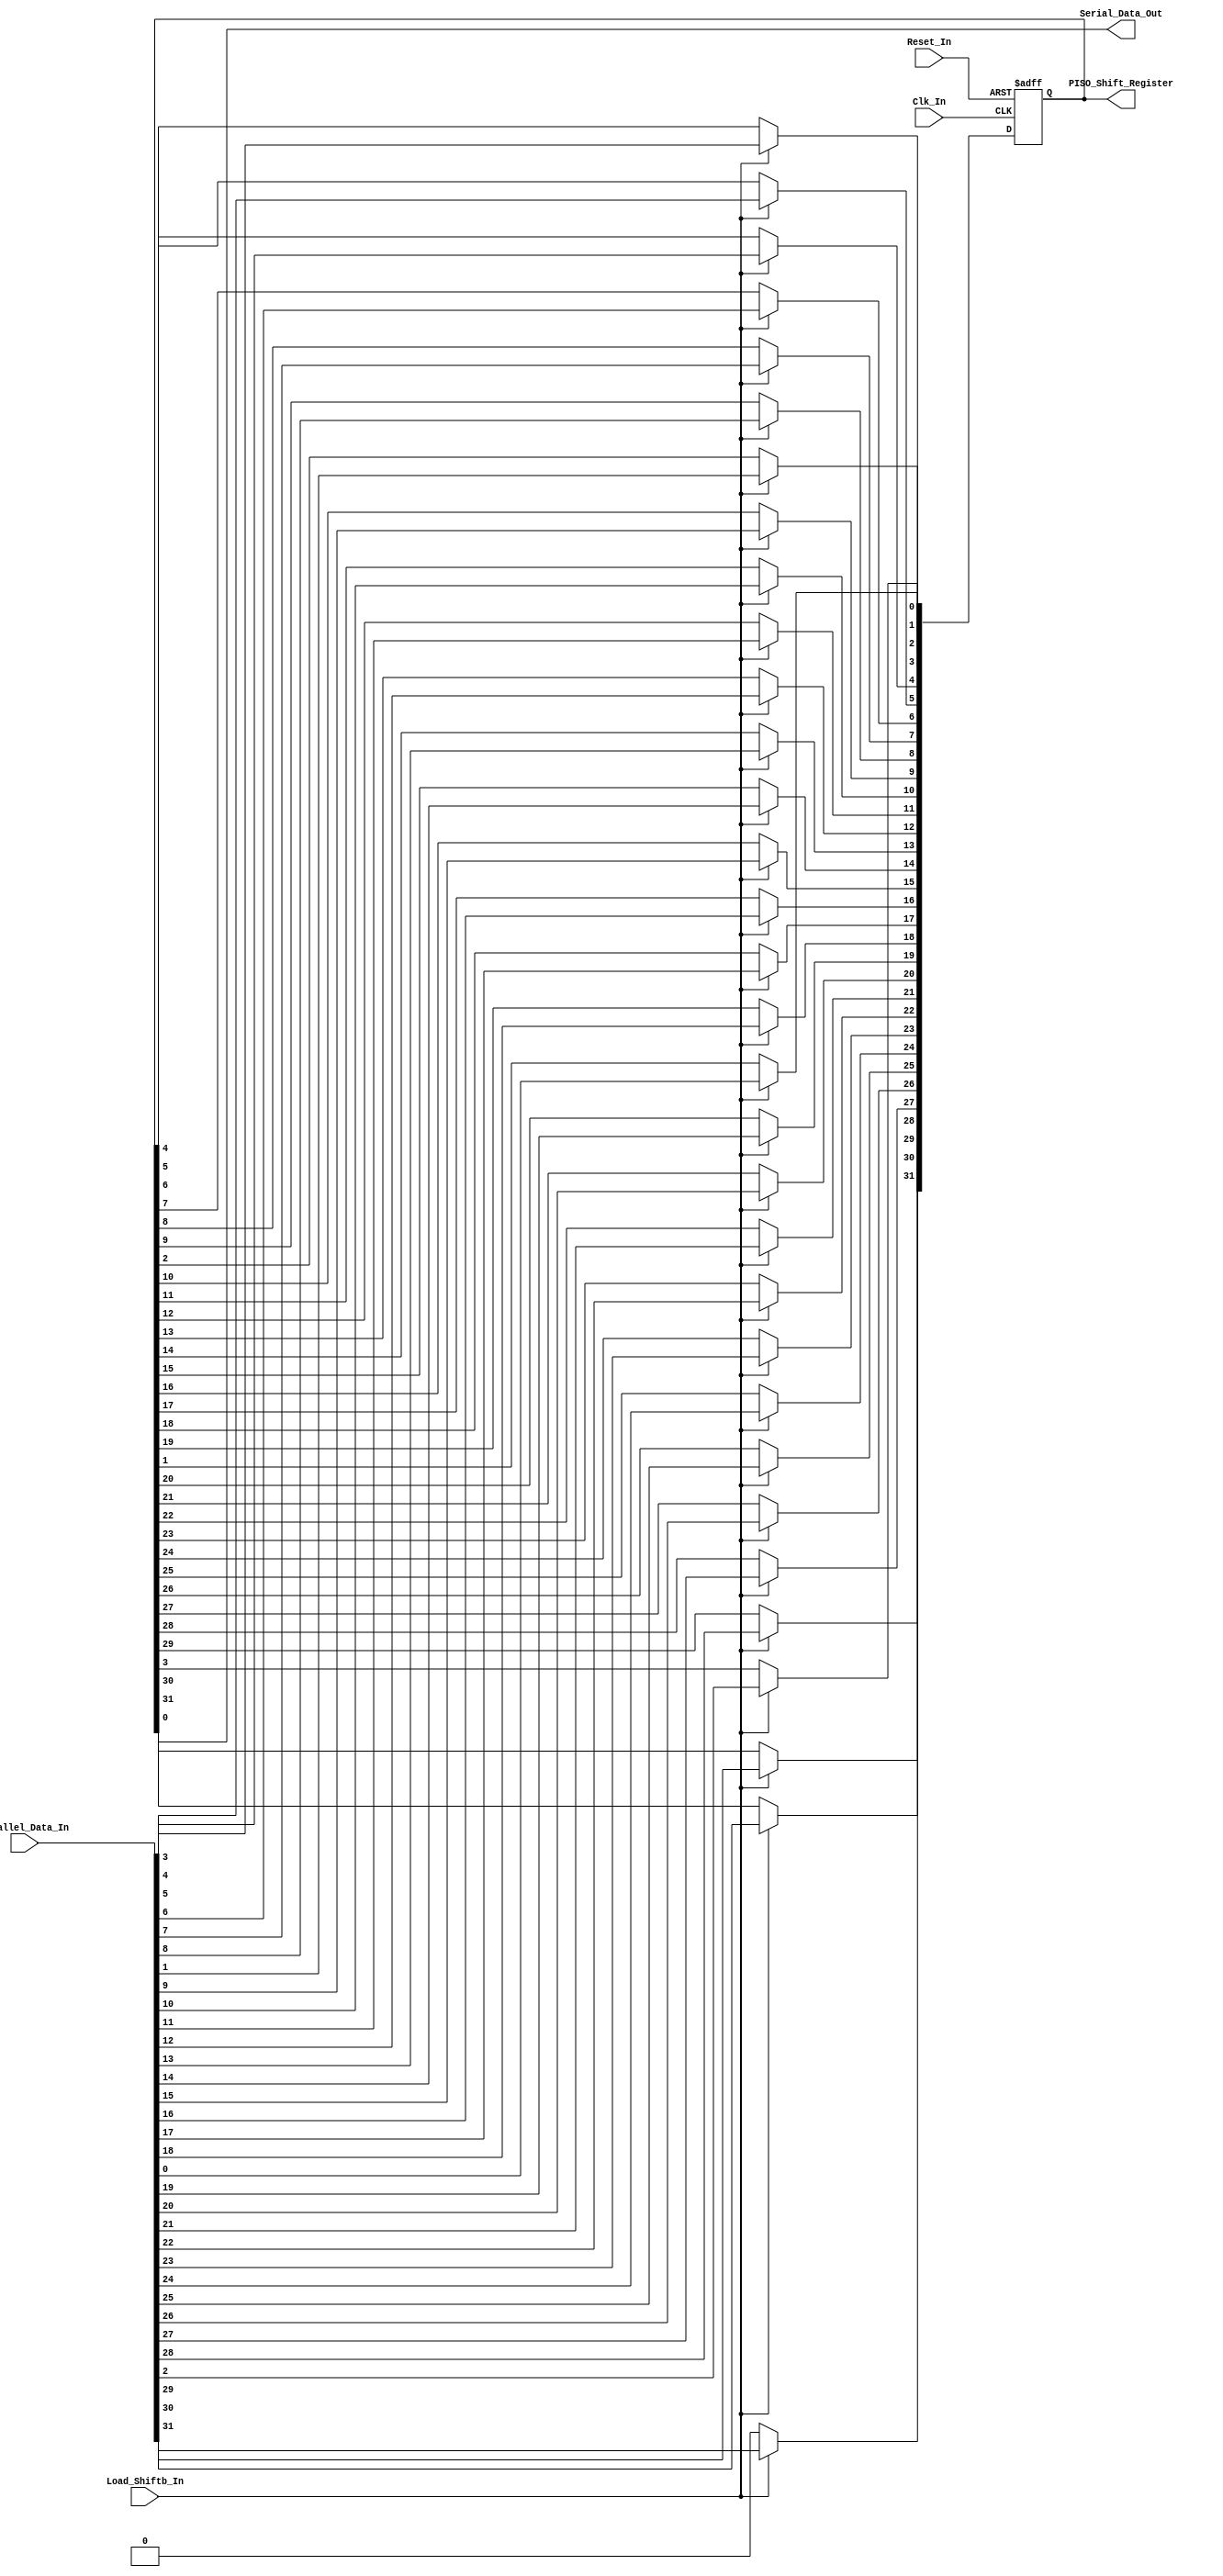
/*
Verilog Code, to implement a Parallel-In-Serial-Out - PISO - 32-Bit Shift Register.



Author : Prasad Narayan Ghatol
*/



module Parallel_In_Serial_Out_PISO_32_Bit (
    input             Clk_In,
    input             Reset_In,

    input             Load_Shiftb_In,
    input      [31:0] Parallel_Data_In,
    output            Serial_Data_Out,
    output reg [31:0] PISO_Shift_Register
);



// --------------------------------------------------
// Assignments
// --------------------------------------------------
assign Serial_Data_Out = PISO_Shift_Register[0];



// --------------------------------------------------
// Parallel-In-Serial-Out - PISO - 32-Bit Shift Register Logic
// --------------------------------------------------
always @ (negedge Clk_In or posedge Reset_In)
    begin
        if (Reset_In)
            begin
                PISO_Shift_Register <= 32'b0;
            end
        else if (Load_Shiftb_In)
            begin
                PISO_Shift_Register <= Parallel_Data_In;
            end
        else
            begin
                PISO_Shift_Register[31] <= 1'b0;
                PISO_Shift_Register[30] <= PISO_Shift_Register[31];
                PISO_Shift_Register[29] <= PISO_Shift_Register[30];
                PISO_Shift_Register[28] <= PISO_Shift_Register[29];
                PISO_Shift_Register[27] <= PISO_Shift_Register[28];
                PISO_Shift_Register[26] <= PISO_Shift_Register[27];
                PISO_Shift_Register[25] <= PISO_Shift_Register[26];
                PISO_Shift_Register[24] <= PISO_Shift_Register[25];
                PISO_Shift_Register[23] <= PISO_Shift_Register[24];
                PISO_Shift_Register[22] <= PISO_Shift_Register[23];
                PISO_Shift_Register[21] <= PISO_Shift_Register[22];
                PISO_Shift_Register[20] <= PISO_Shift_Register[21];
                PISO_Shift_Register[19] <= PISO_Shift_Register[20];
                PISO_Shift_Register[18] <= PISO_Shift_Register[19];
                PISO_Shift_Register[17] <= PISO_Shift_Register[18];
                PISO_Shift_Register[16] <= PISO_Shift_Register[17];
                PISO_Shift_Register[15] <= PISO_Shift_Register[16];
                PISO_Shift_Register[14] <= PISO_Shift_Register[15];
                PISO_Shift_Register[13] <= PISO_Shift_Register[14];
                PISO_Shift_Register[12] <= PISO_Shift_Register[13];
                PISO_Shift_Register[11] <= PISO_Shift_Register[12];
                PISO_Shift_Register[10] <= PISO_Shift_Register[11];
                PISO_Shift_Register[9]  <= PISO_Shift_Register[10];
                PISO_Shift_Register[8]  <= PISO_Shift_Register[9];
                PISO_Shift_Register[7]  <= PISO_Shift_Register[8];
                PISO_Shift_Register[6]  <= PISO_Shift_Register[7];
                PISO_Shift_Register[5]  <= PISO_Shift_Register[6];
                PISO_Shift_Register[4]  <= PISO_Shift_Register[5];
                PISO_Shift_Register[3]  <= PISO_Shift_Register[4];
                PISO_Shift_Register[2]  <= PISO_Shift_Register[3];
                PISO_Shift_Register[1]  <= PISO_Shift_Register[2];
                PISO_Shift_Register[0]  <= PISO_Shift_Register[1];
            end
    end



endmodule